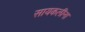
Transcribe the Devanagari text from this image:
सायकलींना